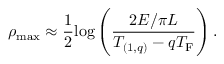
\rho _ { \mathrm { m a x } } \approx { \frac { 1 } { 2 } } { \log } \left( { \frac { 2 E / \pi L } { T _ { ( 1 , q ) } - q T _ { \mathrm { F } } } } \right) .